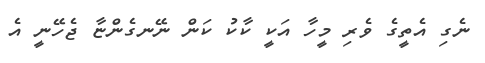
ނެގި އެތީގެ ވެރި މީހާ އަކީ ކާކު ކަން ނޭނގެންޏާ ޖެހޭނީ އެ